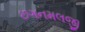
છગનમલજી